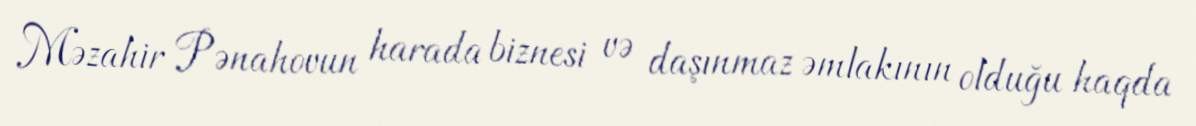
Məzahir Pənahovun harada biznesi və daşınmaz əmlakının olduğu haqda